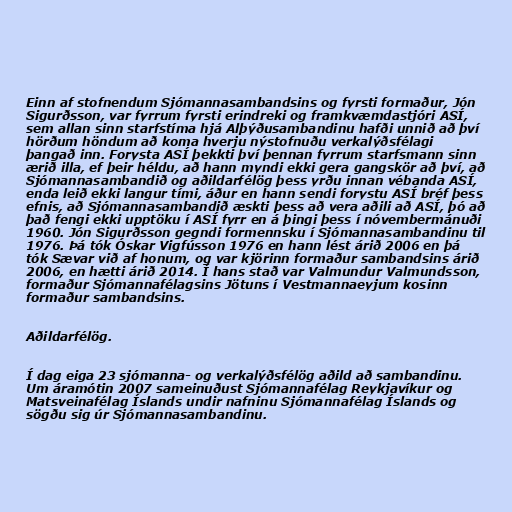
Einn af stofnendum Sjómannasambandsins og fyrsti formaður, Jón
Sigurðsson, var fyrrum fyrsti erindreki og framkvæmdastjóri ASÍ,
sem allan sinn starfstíma hjá Alþýðusambandinu hafði unnið að því
hörðum höndum að koma hverju nýstofnuðu verkalýðsfélagi
þangað inn. Forysta ASÍ þekkti því þennan fyrrum starfsmann sinn
ærið illa, ef þeir héldu, að hann myndi ekki gera gangskör að því, að
Sjómannasambandið og aðildarfélög þess yrðu innan vébanda ASÍ,
enda leið ekki langur tími, áður en hann sendi forystu ASÍ bréf þess
efnis, að Sjómannasambandið æskti þess að vera aðili að ASÍ, þó að
það fengi ekki upptöku í ASÍ fyrr en á þingi þess í nóvembermánuði
1960. Jón Sigurðsson gegndi formennsku í Sjómannasambandinu til
1976. Þá tók Óskar Vigfússon 1976 en hann lést árið 2006 en þá
tók Sævar við af honum, og var kjörinn formaður sambandsins árið
2006, en hætti árið 2014. Í hans stað var Valmundur Valmundsson,
formaður Sjómannafélagsins Jötuns í Vestmannaeyjum kosinn
formaður sambandsins.

Aðildarfélög.

Í dag eiga 23 sjómanna- og verkalýðsfélög aðild að sambandinu.
Um áramótin 2007 sameinuðust Sjómannafélag Reykjavíkur og
Matsveinafélag Íslands undir nafninu Sjómannafélag Íslands og
sögðu sig úr Sjómannasambandinu.